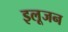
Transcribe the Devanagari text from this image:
इलूजन